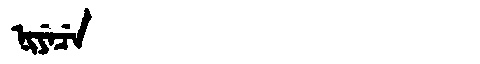
Manchu: ᠨᡳᠶᡝᠴᡝ
Romanization: NIYECE